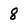
Character: 8